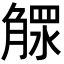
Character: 𣎕